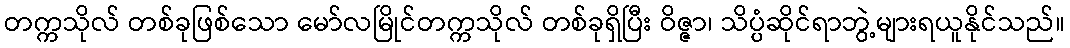
တက္ကသိုလ် တစ်ခုဖြစ်သော မော်လမြိုင်တက္ကသိုလ် တစ်ခုရှိပြီး ဝိဇ္ဇာ၊ သိပ္ပံဆိုင်ရာဘွဲ့များရယူနိုင်သည်။